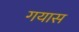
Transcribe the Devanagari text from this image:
गयास